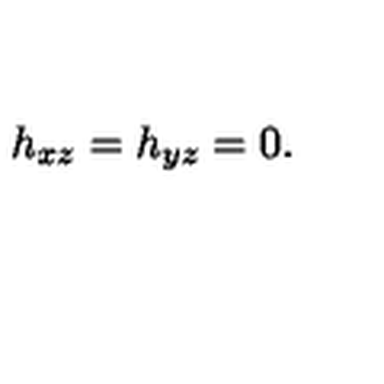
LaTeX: h _ { x z } = h _ { y z } = 0 .